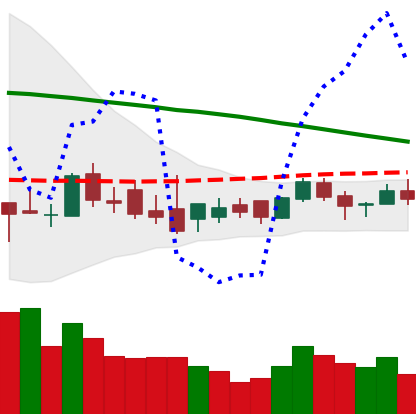
Ticker: XLM-USD
Chart end date: 2018-09-02
Forward return: -7.601%
Label: down_7plus